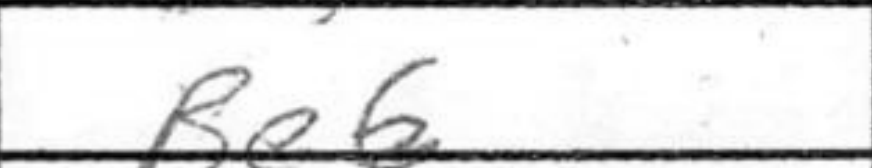
Transcription: Be6